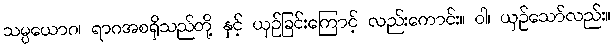
သမ္ပယောဂ၊ ရာဂအစရှိသည်တို့ နှင့် ယှဉ်ခြင်းကြောင့် လည်းကောင်း။ ဝါ၊ ယှဉ်သော်လည်း။